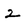
Character: 2